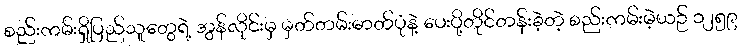
စည်းကမ်းရှိပြည်သူတွေရဲ့ အွန်လိုင်းမှ မှတ်တမ်းဓာတ်ပုံနဲ့ ပေးပို့တိုင်တန်းခဲ့တဲ့ စည်းကမ်းမဲ့ယဉ် ၁၂၅၉